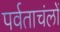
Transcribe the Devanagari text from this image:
पर्वताचंलों